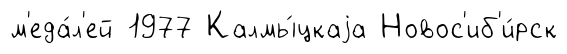
м'еда́л'ей 1977 Калмы́цкаjа Новос'иб'и́рск